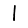
Digit: 1